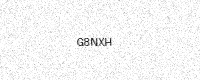
Text: G8NXH